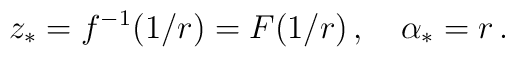
z_{*} = f^{-1}(1/r) = F(1/r)\, ,\quad \alpha_{*} = r\, .